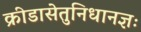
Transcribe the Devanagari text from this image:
क्रीडासेतुनिधानज्ञः